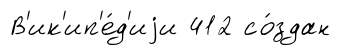
В'ик'ип'е́д'иjи 412 со́здан